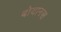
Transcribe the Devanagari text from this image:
बोयानस